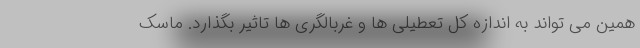
همین می تواند به اندازه کل تعطیلی ها و غربالگری ها تاثیر بگذارد. ماسک